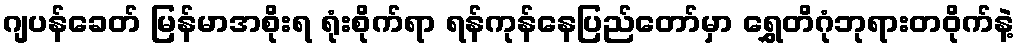
ဂျပန်ခေတ် မြန်မာအစိုးရ ရုံးစိုက်ရာ ရန်ကုန်နေပြည်တော်မှာ ရွှေတိဂုံဘုရားတဝိုက်နဲ့